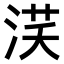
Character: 𣵽